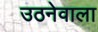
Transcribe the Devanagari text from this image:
उठनेवाला